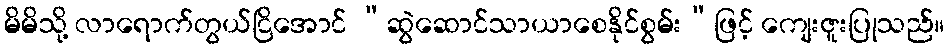
မိမိသို့ လာရောက်တွယ်ငြိအောင် “ဆွဲဆောင်သာယာစေနိုင်စွမ်း”ဖြင့် ကျေးဇူးပြုသည်။